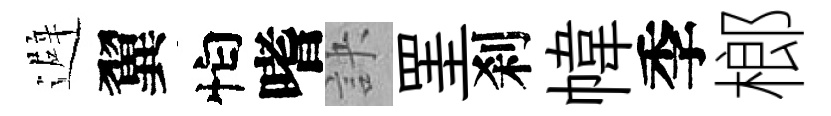
避翼怕嗜訣罣刹幃季榔